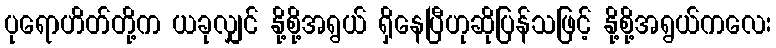
ပုရောဟိတ်တို့က ယခုလျှင် နို့စို့အရွယ် ရှိနေပြီဟုဆိုပြန်သဖြင့် နို့စို့အရွယ်ကလေး